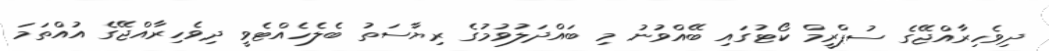
ދިވެހިރާއްޖޭގެ ސުޕްރީމް ކޯޓުގައި ބޭއްވުނު މި ބައްދަލުވުމުގެ ރިޔާސަތު ބެލެހެއްޓެވީ ދިވެހިރާއްޖޭގެ އުއްތަމަ